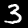
Label: 3